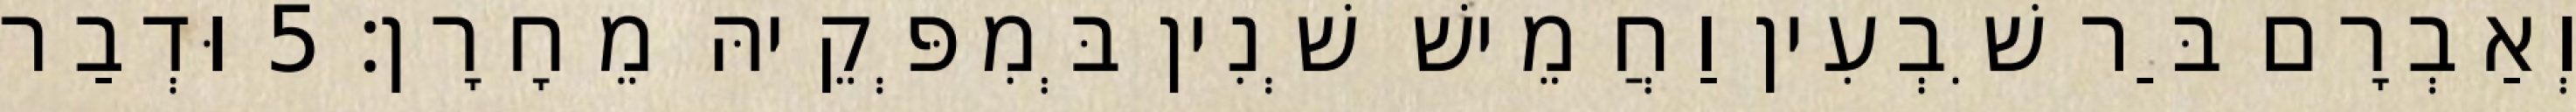
וְאַבְרָם בַּר שִׁבְעִין וַחֲמֵישׁ שְׁנִין בְּמִפְּקֵיהּ מֵחָרָן׃ 5 וּדְבַר